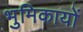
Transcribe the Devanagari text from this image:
भुमिकायों